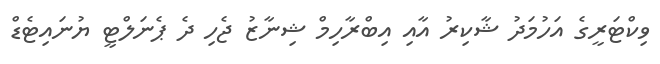
ވިކްޓަރީގެ އަހުމަދު ޝާކިރު އާއި އިބްރާހިމް ޝިނާޒު ޖެހި ދެ ޕެނަލްޓީ ޔުނައިޓެޑް